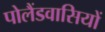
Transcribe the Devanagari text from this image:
पोलैंडवासियों